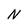
Character: N